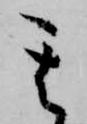
其